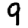
Digit: 9